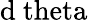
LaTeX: \mathrm{d\ theta}